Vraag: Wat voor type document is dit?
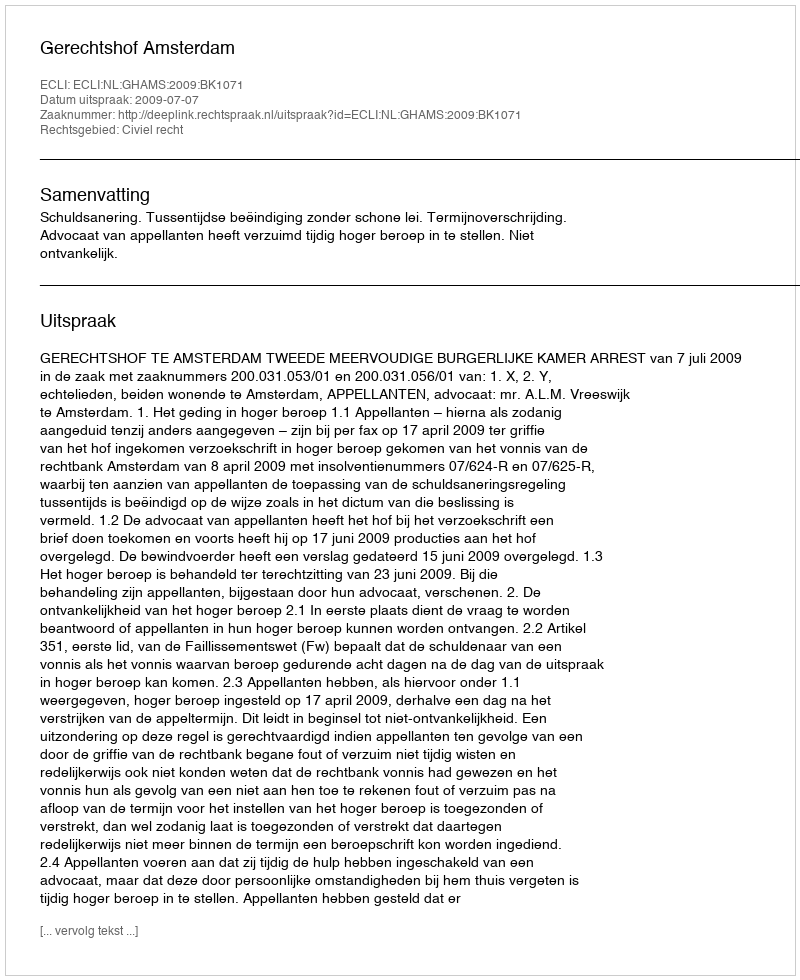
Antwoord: Uitspraak